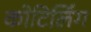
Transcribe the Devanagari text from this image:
कोटिलिंग